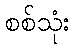
စစ်သုံး